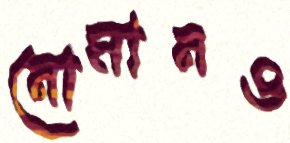
নোমানও